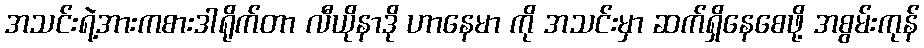
အသင်းရဲ့အားကစားဒါရိုက်တာ လီယိုနာဒို ဟာနေမာ ကို အသင်းမှာ ဆက်ရှိနေစေဖို့ အစွမ်းကုန်